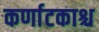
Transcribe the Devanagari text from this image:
कर्णाटकाश्च